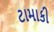
ટામાકી